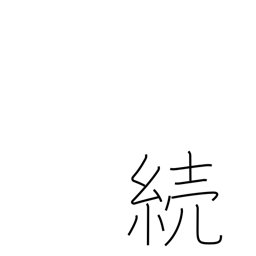
Meaning: sequel